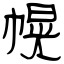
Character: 幌